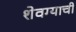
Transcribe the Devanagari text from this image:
शेवग्याची